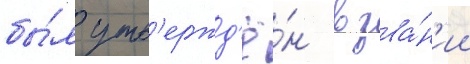
бы́л утв'ержд'ё́н в зва́н'ии